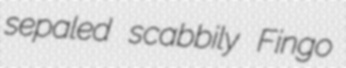
sepaled scabbily Fingo